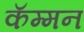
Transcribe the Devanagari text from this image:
कॅम्मन